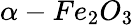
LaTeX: \alpha-Fe_{2}O_{3}